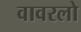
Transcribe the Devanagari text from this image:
वावरलो